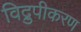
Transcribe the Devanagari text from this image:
विद्रुपीकरण